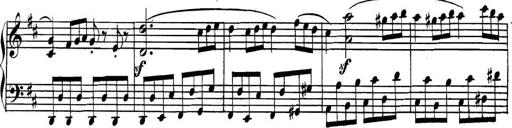
Title: Collected Piano Sonatas
Composer: Muzio Clementi